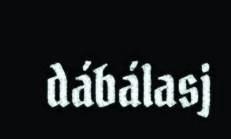
dábálasj